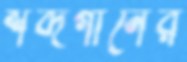
শব্দগানের